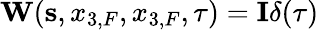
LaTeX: {\mathbf W}({\mathbf s},x_{3,F},x_{3,F},\tau)={\mathbf I}\delta(\tau)